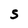
Character: s